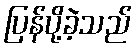
ပြန်ပို့ခဲ့သည်